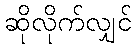
ဆိုလိုက်လျှင်